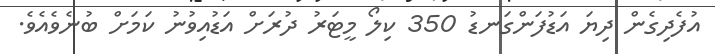
އުފެދިގެން ދިޔަ އަޑުފަންގަނޑު 350 ކިލޯ މީޓަރު ދުރަށް އަޑުއިވުނު ކަމަށް ބުނެވެއެވެ.